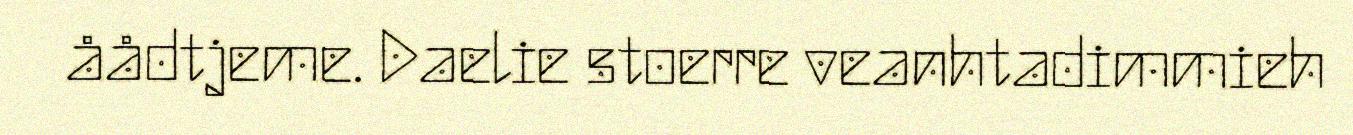
åådtjeme. Daelie stoerre veanhtadimmieh